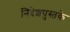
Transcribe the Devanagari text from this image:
निदेशपुस्तके